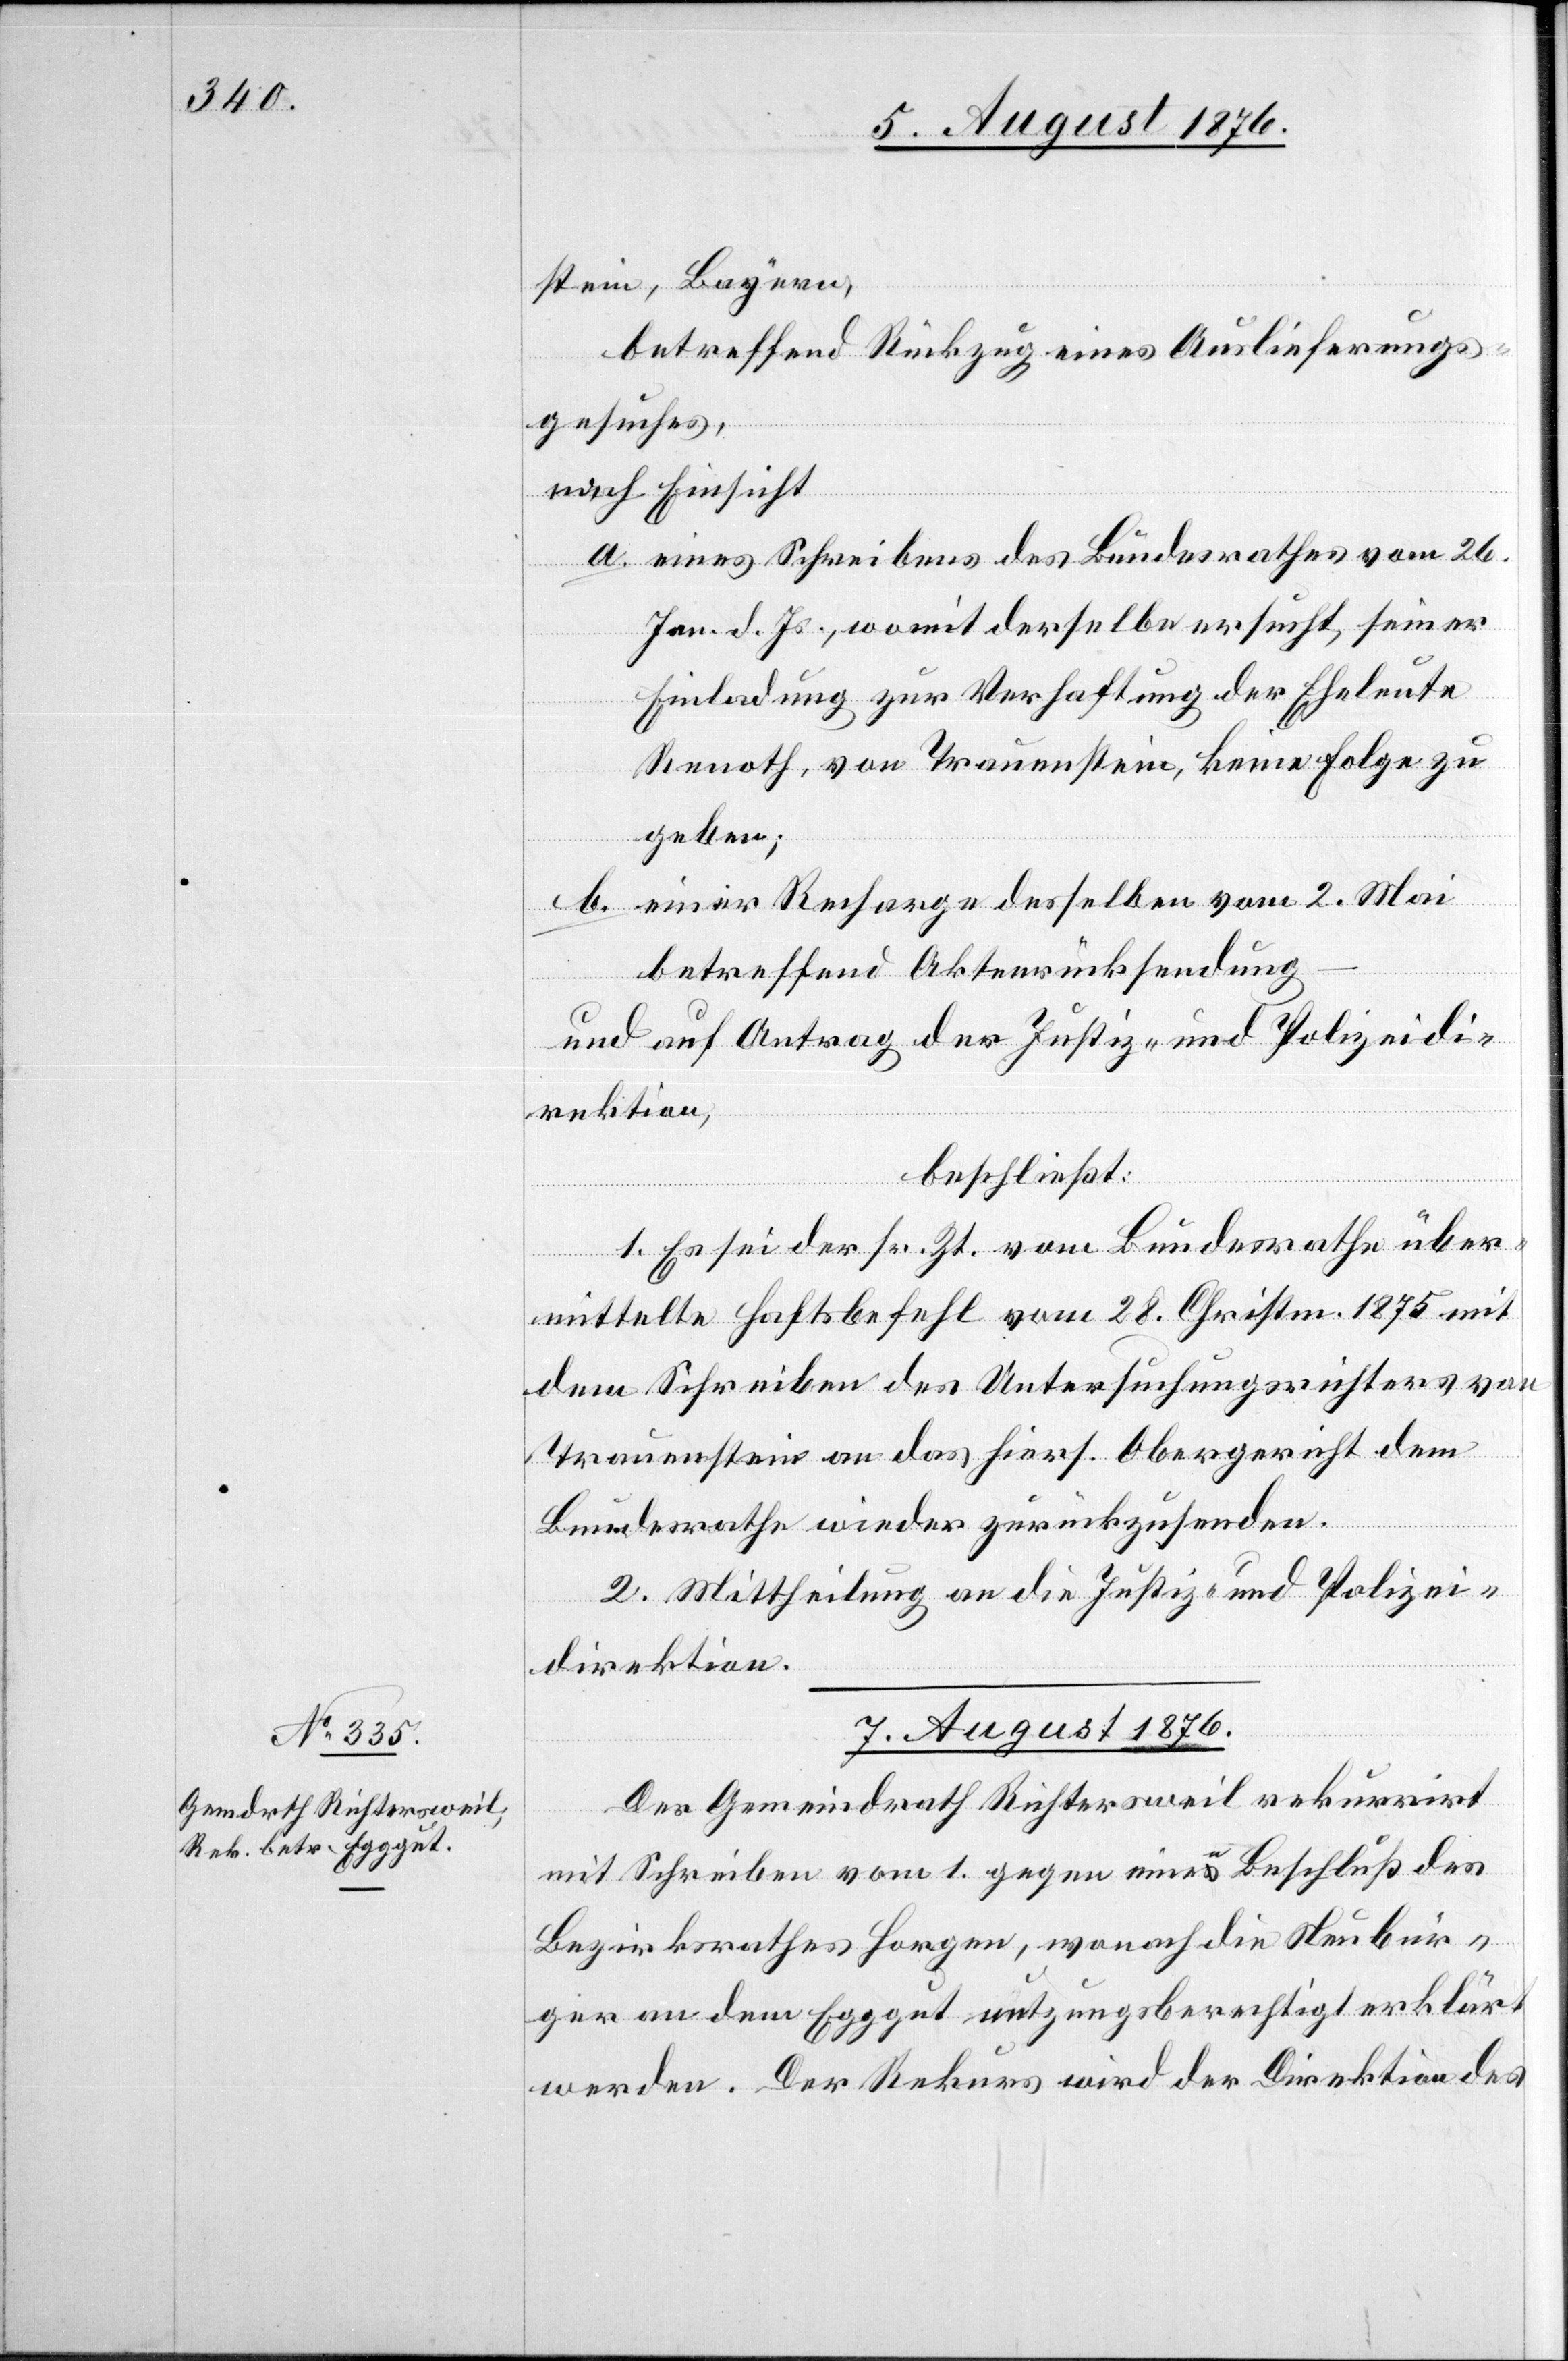
stein, Bayern,
betreffend Rückzug eines Auslieferungs¬
gesuches,
betref¬
–
nach Einsicht
a. eines Schreibens des Bundesrathes vom 26.
vom
Jan. d. Js., womit derselbe ersucht, seiner
Einladung zur Verhaftung der Eheleute
Renoth, von Trauenstein, keine Folge zu
geben;
2.
betreffend Aktenrückforderung
desselben
und auf Antrag der Justiz- und Polizeidi¬
rektion,
beschließt:
1. Es sei der sr. Zt. vom Bundesrathe über¬
mittelte Haftsbefehl vom 28. Christm. 1875 mit
dem Schreiben des Untersuchungsrichters von
Trauenstein an das hiers. Obergericht dem
Mai
Bundesrathe wieder zurückzusenden.
2. Mittheilung an die Justiz- und Polizei¬
direktion.
7. August 1876.
Der Gemeindrath Richtersweil rekurrirt
mit Schreiben vom 1. gegen einen Beschluß des
Bezirksrathes Horgen, wonach die Neubür¬
ger an dem Egggut nutzungsberechtigt erklärt
werden. Der Rekurs wir der Direktion des